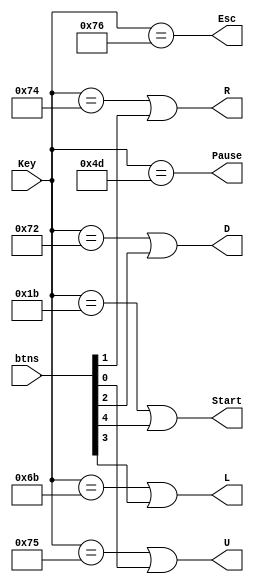
module KeyDecode(Key, btns, Pause, Start, Esc, L, R, U, D);
input[7:0] Key;
input[4:0] btns;
output Pause, Start, Esc, L, R, U, D;

assign Pause = Key == 8'h4D;
assign Start = Key == 8'h1B || btns[4];
assign Esc = Key == 8'h76;
assign L = Key == 8'h6B || btns[3];
assign R = Key == 8'h74 || btns[1];
assign U = Key == 8'h75 || btns[0];
assign D = Key == 8'h72 || btns[2];

endmodule